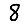
Digit: 8